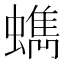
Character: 𧓈